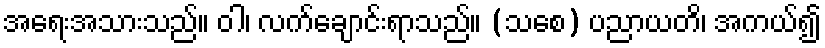
အရေးအသားသည်။ ဝါ၊ လက်ချောင်းရာသည်။ (သစေ) ပညာယတိ၊ အကယ်၍